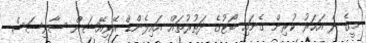
މީގެ ދެ އަހަރު ކުރިން ގެނައި ބޯޓުގެ ދަތުރުތައް އައިލެންޑް އޭވިއޭޝަން ސާވިސަސް